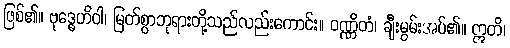
ဖြစ်၏။ ဗုဒ္ဓေဟိဝါ၊ မြတ်စွာဘုရားတို့သည်လည်းကောင်း။ ဝဏ္ဏိတံ၊ ချီးမွမ်းအပ်၏။ ဣတိ၊